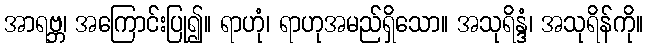
အာရဗ္ဘ၊ အကြောင်းပြု၍။ ရာဟုံ၊ ရာဟုအမည်ရှိသော။ အသုရိန္ဒံ၊ အသုရိန်ကို။